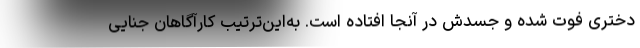
دختری فوت شده و جسدش در آنجا افتاده است. به‌این‌ترتیب کارآگاهان جنایی